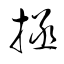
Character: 拯